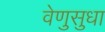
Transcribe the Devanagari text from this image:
वेणुसुधा